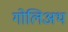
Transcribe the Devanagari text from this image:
गोलिअथ